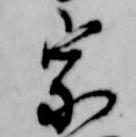
宗